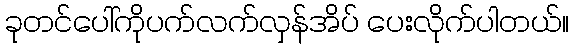
ခုတင်ပေါ်ကိုပက်လက်လှန်အိပ် ပေးလိုက်ပါတယ်။